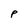
Character: p